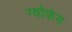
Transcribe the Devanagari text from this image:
ग्वोफंग